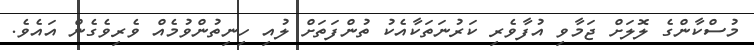
މުސްކާންގެ ލޮލަށް ޖަމާވި އުފާވެރި ކަރުނަތަކާއެކު ތުންފަތަށް ލުއި ހިނިތުންވުމެއް ވެރިވެގެން އައެވެ.